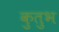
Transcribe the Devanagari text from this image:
कुतुभ